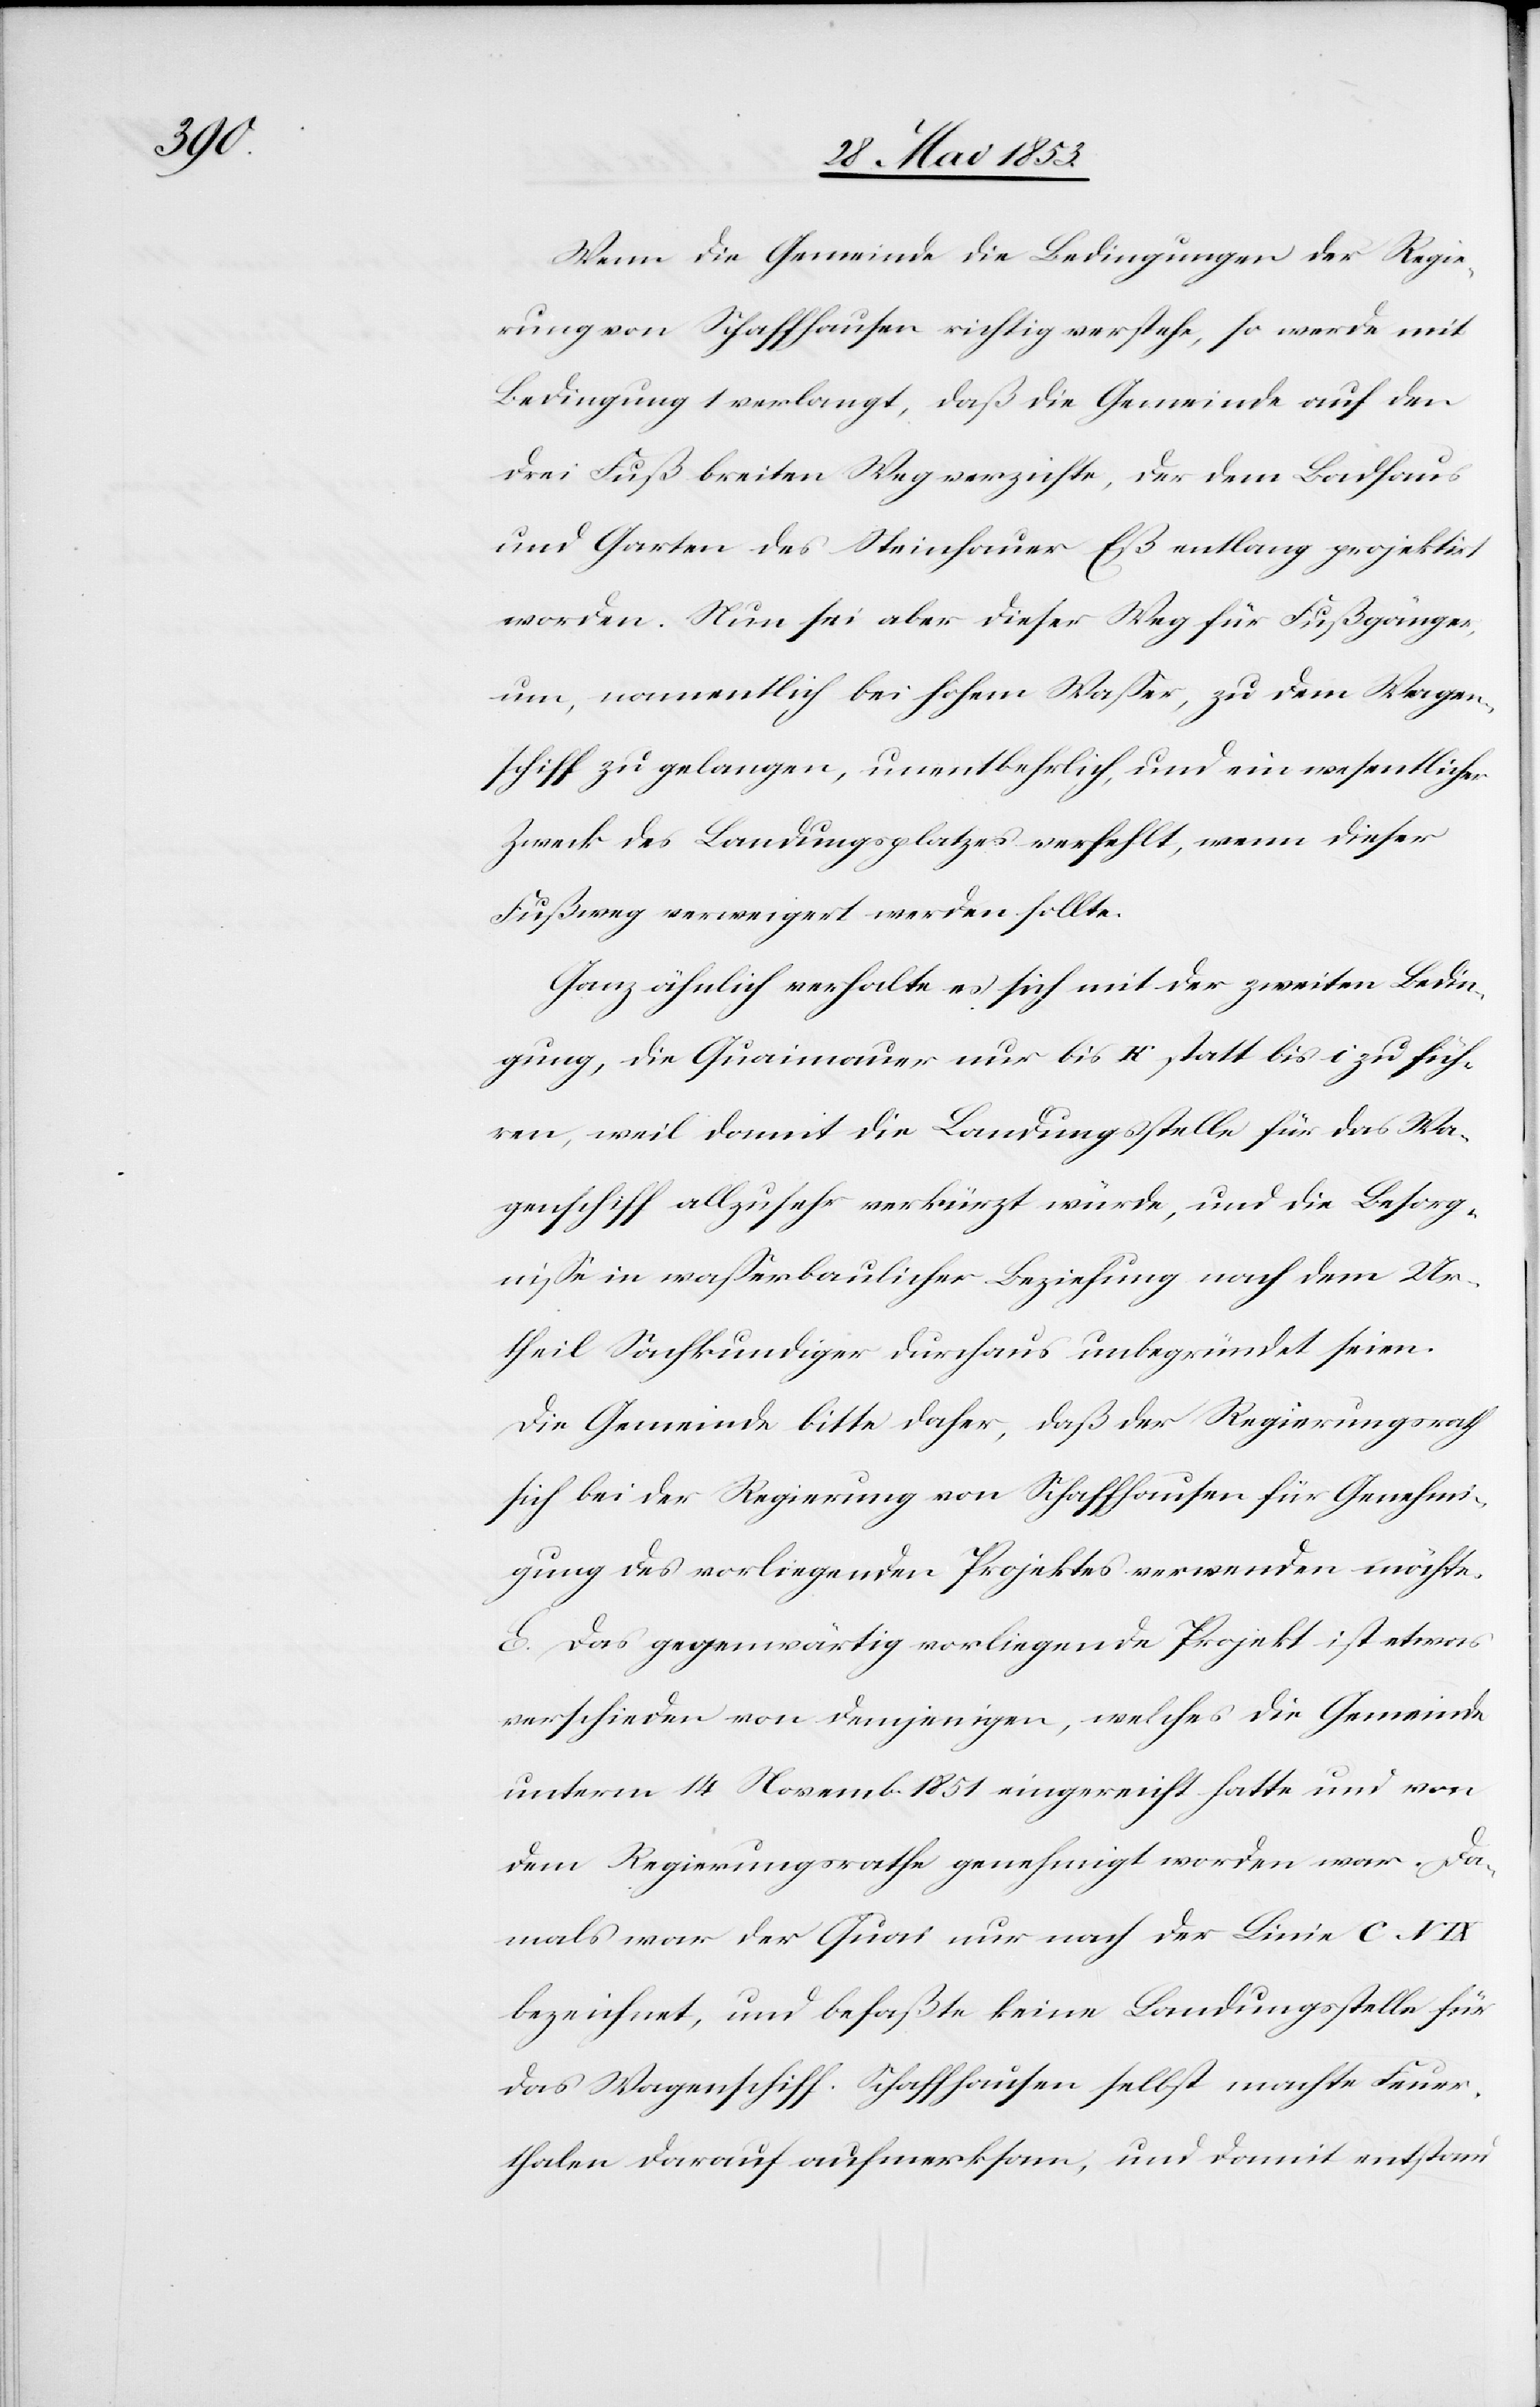
Wenn die Gemeinde die Bedingungen der Regie¬
rung von Schaffhausen richtig verstehe, so werde mit
Bedingung 1 verlangt, daß die Gemeinde auf den
drei Fuß breiten Weg verzichte, der dem Badhaus
und Garten des Steinhauer Eß entlang projektirt
worden. Nun sei aber dieser Weg für Fußgänger,
um, namentlich bei hohem Waßer, zu dem Wagen¬
schiff zu gelangen, unentbehrlich, und ein wesentlicher
Zweck des Landungsplatzes verfehlt, wenn dieser
Fußweg verweigert werden sollte.
Ganz ähnlich verhalte es sich mit der zweiten Bedin¬
gung, die Quaimauer nur bis k statt bis i zu füh¬
ren, weil damit die Landungsstelle für das Wa¬
genschiff allzusehr verkürzt würde, und die Besorg¬
niße in waßerbaulicher Beziehung nach dem Vor¬
theil Sachkundiger durchaus unbegründet seien.
Die Gemeinde bitte daher, daß der Regierungsrath
sich bei der Regierung von Schaffhausen für Genehmi¬
gung des vorliegenden Projektes verwenden möchte.
E. Das gegenwärtig vorliegende Projekt ist etwas
verschieden von demjenigen, welches die Gemeinde
unterm 14 Novemb. 1851 eingereicht hatte und von
dem Regierungsrathe genehmigt worden war. Da¬
mals war der Quai nur nach der Linie C VIX
bezeichnet, und befaßte keine Landungsstelle für
das Wagenschiff. Schaffhausen selbst machte Feuer¬
thalen darauf aufmerksam, und damit entstand